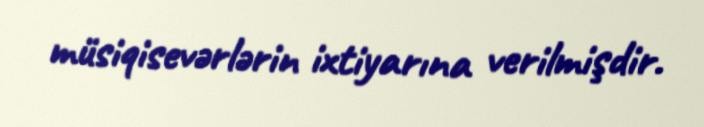
müsiqisevərlərin ixtiyarına verilmişdir.